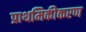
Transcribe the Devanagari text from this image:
प्राथमिकीकरण